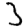
Digit: 3